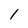
Character: 1